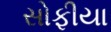
સોફીયા